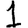
Digit: 1